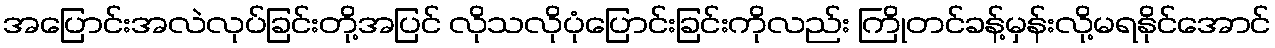
အပြောင်းအလဲလုပ်ခြင်းတို့အပြင် လိုသလိုပုံပြောင်းခြင်းကိုလည်း ကြိုတင်ခန့်မှန်းလို့မရနိုင်အောင်